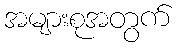
အများစုအတွက်